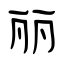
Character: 丽